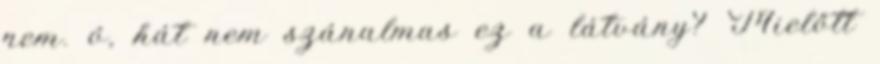
nem. ó, hát nem szánalmas ez a látvány? Mielőtt